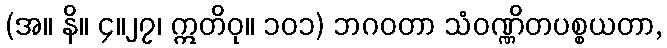
(အ။ နိ။ ၄။၂၇၊ ဣတိဝု။ ၁၀၁) ဘဂဝတာ သံဝဏ္ဏိတပစ္စယတာ,